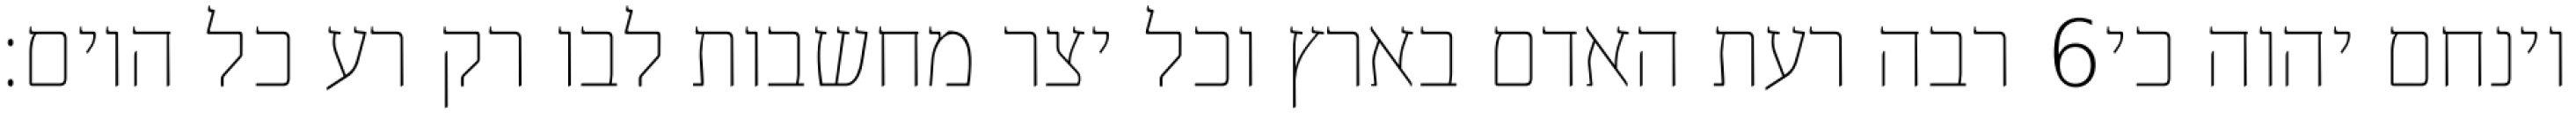
רבה רעת האדם בארץ וכל יצר מחשבות לבו רק רע כל היום׃ ‎6‏ וינחם יהוה כי